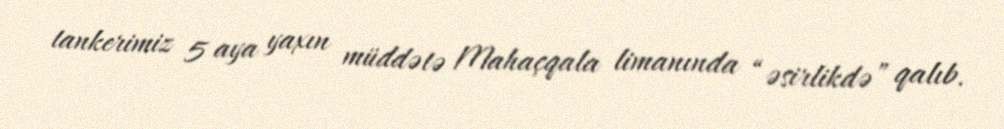
tankerimiz 5 aya yaxın müddətə Mahaçqala limanında “əsirlikdə” qalıb.